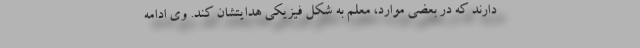
دارند که در بعضی موارد، معلم به شکل فیزیکی هدایتشان کند. وی ادامه